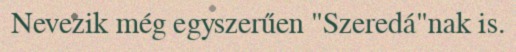
Nevezik még egyszerűen "Szeredá"nak is.